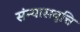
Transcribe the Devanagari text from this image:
संन्यासवृत्ति